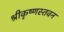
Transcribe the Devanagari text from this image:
श्रीकृष्णस्तवन